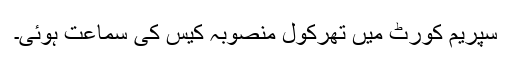
سپریم کورٹ میں تھرکول منصوبہ کیس کی سماعت ہوئی۔